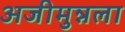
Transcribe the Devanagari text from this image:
अजीमुन्नला